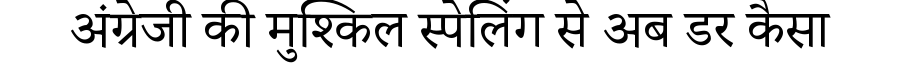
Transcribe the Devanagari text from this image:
अंग्रेजी की मुश्किल स्पेलिंग से अब डर कैसा